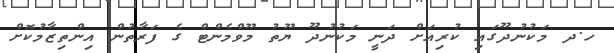
ހ.ދ މަކުނުދޫގައި ކުރިއަށް ދަނީ މަކުނުދޫ ޔޫތު މޫވްމެންޓް ގެ ފަރާތުން އިންތިޒާމުކޮށް